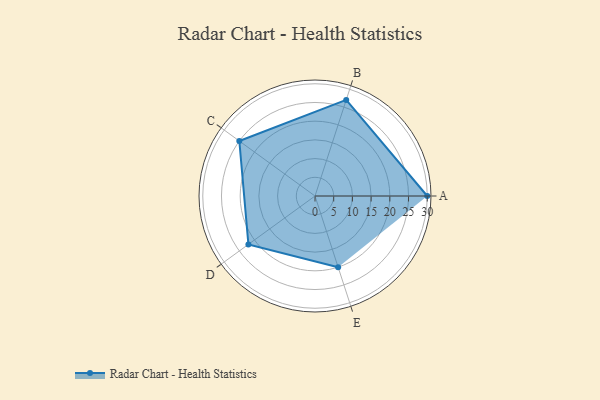
{"axis": {"x": "Skill", "y": "Score"}, "legend": ["Profile"], "data": [{"x": "A", "y": 30.0, "type": "Profile"}, {"x": "B", "y": 27.0, "type": "Profile"}, {"x": "C", "y": 25.0, "type": "Profile"}, {"x": "D", "y": 22.0, "type": "Profile"}, {"x": "E", "y": 20.0, "type": "Profile"}]}